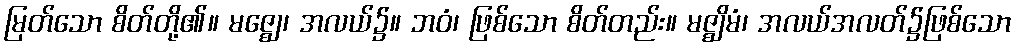
မြတ်သော စိတ်တို့၏။ မဇ္ဈေ၊ အလယ်၌။ ဘဝံ၊ ဖြစ်သော စိတ်တည်း။ မဇ္ဈိမံ၊ အလယ်အလတ်၌ဖြစ်သော